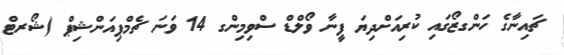
ޗައިނާގެ ހަންގޒޯގައި ކުރިއަށްދިޔަ ފީނާ ވޯލްޑް ސްވިމިންގ 14 ވަނަ ޗެމްޕިއަންޝިޕް (ޝޯރޓް